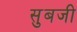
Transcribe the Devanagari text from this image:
सुबजी